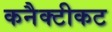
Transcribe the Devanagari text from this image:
कनैक्टीकट